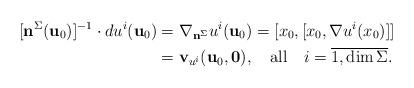
LaTeX: \begin{align*}[{\bf n}^{\Sigma}({\bf u}_0)]^{-1}\cdot du^i({\bf u}_0)&=\nabla_{{\bf n}^{\Sigma}}u^i({\bf u}_0)=[x_0,[x_0,\nabla u^i(x_0)]]\\&={\bf v}_{u^i}({\bf u}_0,{\bf 0}),~~~\mbox{all}~~~i=\overline{1,\dim \Sigma}.\end{align*}